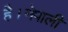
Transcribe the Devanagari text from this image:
है।नेपाली